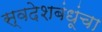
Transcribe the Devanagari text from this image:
स्वदेशबंधूंचा